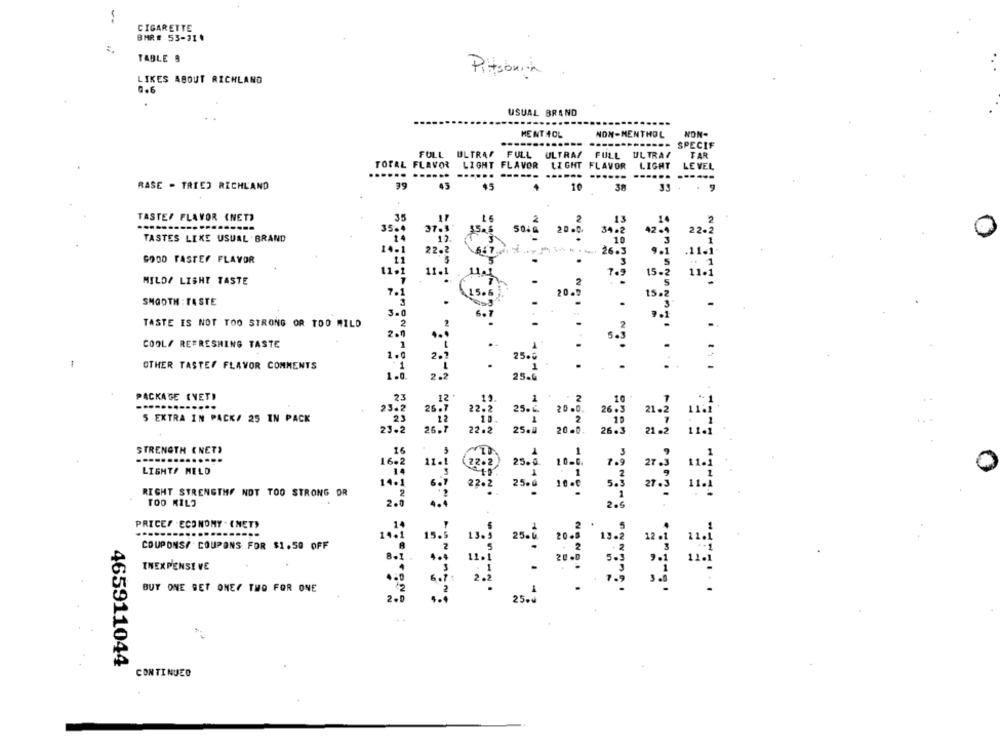
-
CIGARETTE
BMR# 53-314
TABLE 9
Pitobrita
LIKES ABOUT RICHLAND
0.6
USUAL BRAND
MENT HOL
NON-MENTHOL
NON-
SPECIF
FULL ULTRAS FULL ULTRAS FULL
UL TRA I
TAR
TOTAL FLAVOR
LIGHT FLAVOR
LIGHT FLAVOR
LIGHT
LEVEL
...... ......
......
------
RASE - TRIED RICHLAND
39
$5
10
38
33
TASTEF FLAVOR (NET)
35
TASTES LIKE USUAL BRAND
37:
22.ª
26.3
GOOD TASTEF FLAVOR
11.
11.]
MILD/ LISHE TASTE
SMOOTH : TASTE
TASTE IS NOT TOO STRONG OR TOO MILD
2.9
COOL/ REFRESHING TASTE
OTHER TASTES FLAVOR COMMENTS
PACKAGE (VET)
23.
5 EXTRA IN PACK/ 25 IN PACK
20.6
STRENGTH (NET)
0
LIGHTS MELD
10 -
2.
RIGHT STRENGTHS NOT TOO STRONG DR
TOO KILO
PRICEF .ECONOMY . (NET)
COUPONS/ COUPONS FOR $1.50 OFF
INEXPENSE VE
BUY ONE SET ONEY TWO FOR ONE
25.ª
2.6
465911044
CONTINUED